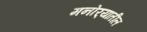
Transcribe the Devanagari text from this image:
मनोर्‍यातील